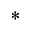
^ *